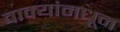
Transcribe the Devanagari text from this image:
वाक्यांमधून